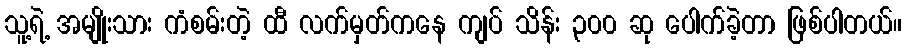
သူ့ရဲ့ အမျိုးသား ကံစမ်းတဲ့ ထီ လက်မှတ်ကနေ ကျပ် သိန်း ၃၀၀ ဆု ပေါက်ခဲ့တာ ဖြစ်ပါတယ်။